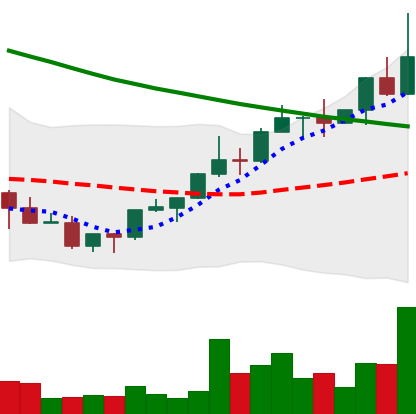
Ticker: NEO-USD
Chart end date: 2022-03-29
Forward return: 4.073%
Label: up_3_5